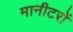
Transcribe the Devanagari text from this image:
मानीटरों